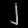
Digit: ၂